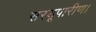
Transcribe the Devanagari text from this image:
सरयूपारीण।